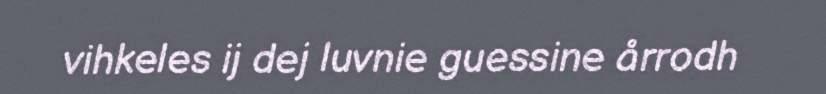
vihkeles ij dej luvnie guessine årrodh